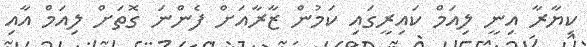
ކިޔާރާ އިނީ ލިއަމް ކައިރީގައި ކަމުން ޒާރާއަށް ފެންނަ ގޮތަށް ލިއަމް އާއި